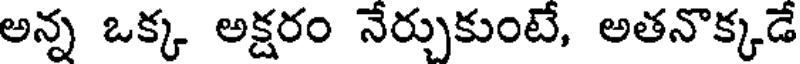
అన్న ఒక్క అక్షరం నేర్చుకుంటే, అతనొక్కడే